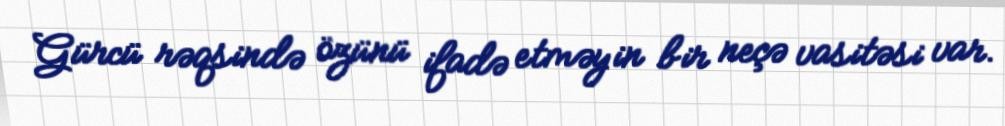
Gürcü rəqsində özünü ifadə etməyin bir neçə vasitəsi var.